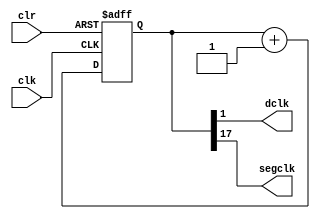
`timescale 1ns / 1ps
//////////////////////////////////////////////////////////////////////////////////
// Company: 
// Engineer: 
// 
// Design Name: 
// Module Name:    clockdiv 
// Project Name: 
// Target Devices: 
// Tool versions: 
// Description: 
//
// Dependencies: 
//
// Revision: 
// Revision 0.01 - File Created
// Additional Comments: 
//
//////////////////////////////////////////////////////////////////////////////////
module clockdiv(
	input wire clk,		//master clock: 50MHz
	input wire clr,		//asynchronous reset
	output wire dclk,		//pixel clock: 25MHz
	output wire segclk	//7-segment clock: 381.47Hz
	);

// 17-bit counter variable
reg [17:0] q;

// Clock divider --
// Each bit in q is a clock signal that is
// only a fraction of the master clock.
always @(posedge clk or posedge clr)
begin
	// reset condition
	if (clr == 1)
		q <= 0;
	// increment counter by one
	else
		q <= q + 1;
end

// 50Mhz  2^17 = 381.47Hz
assign segclk = q[17];

// 50Mhz  2^1 = 25MHz
assign dclk = q[1];

endmodule